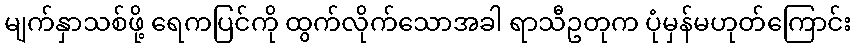
မျက်နှာသစ်ဖို့ ရေကပြင်ကို ထွက်လိုက်သောအခါ ရာသီဥတုက ပုံမှန်မဟုတ်ကြောင်း